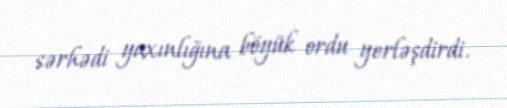
sərhədi yaxınlığına böyük ordu yerləşdirdi.